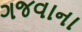
ગજવાના